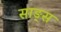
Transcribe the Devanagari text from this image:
साङ्स